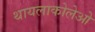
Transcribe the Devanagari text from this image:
थायलाकोलेओ